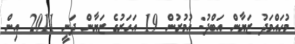
މުހައްމަދު ޒަޔާން އަބްދު: އުމުރުން 19 އަހަރުގެ ޒަޔާން ދަނީ 2011 އިން